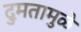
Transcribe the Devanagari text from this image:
दुमतामुळे